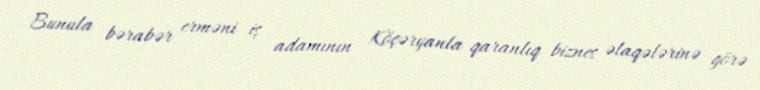
Bunula bərabər erməni iş adamının Köçəryanla qaranlıq biznes əlaqələrinə görə